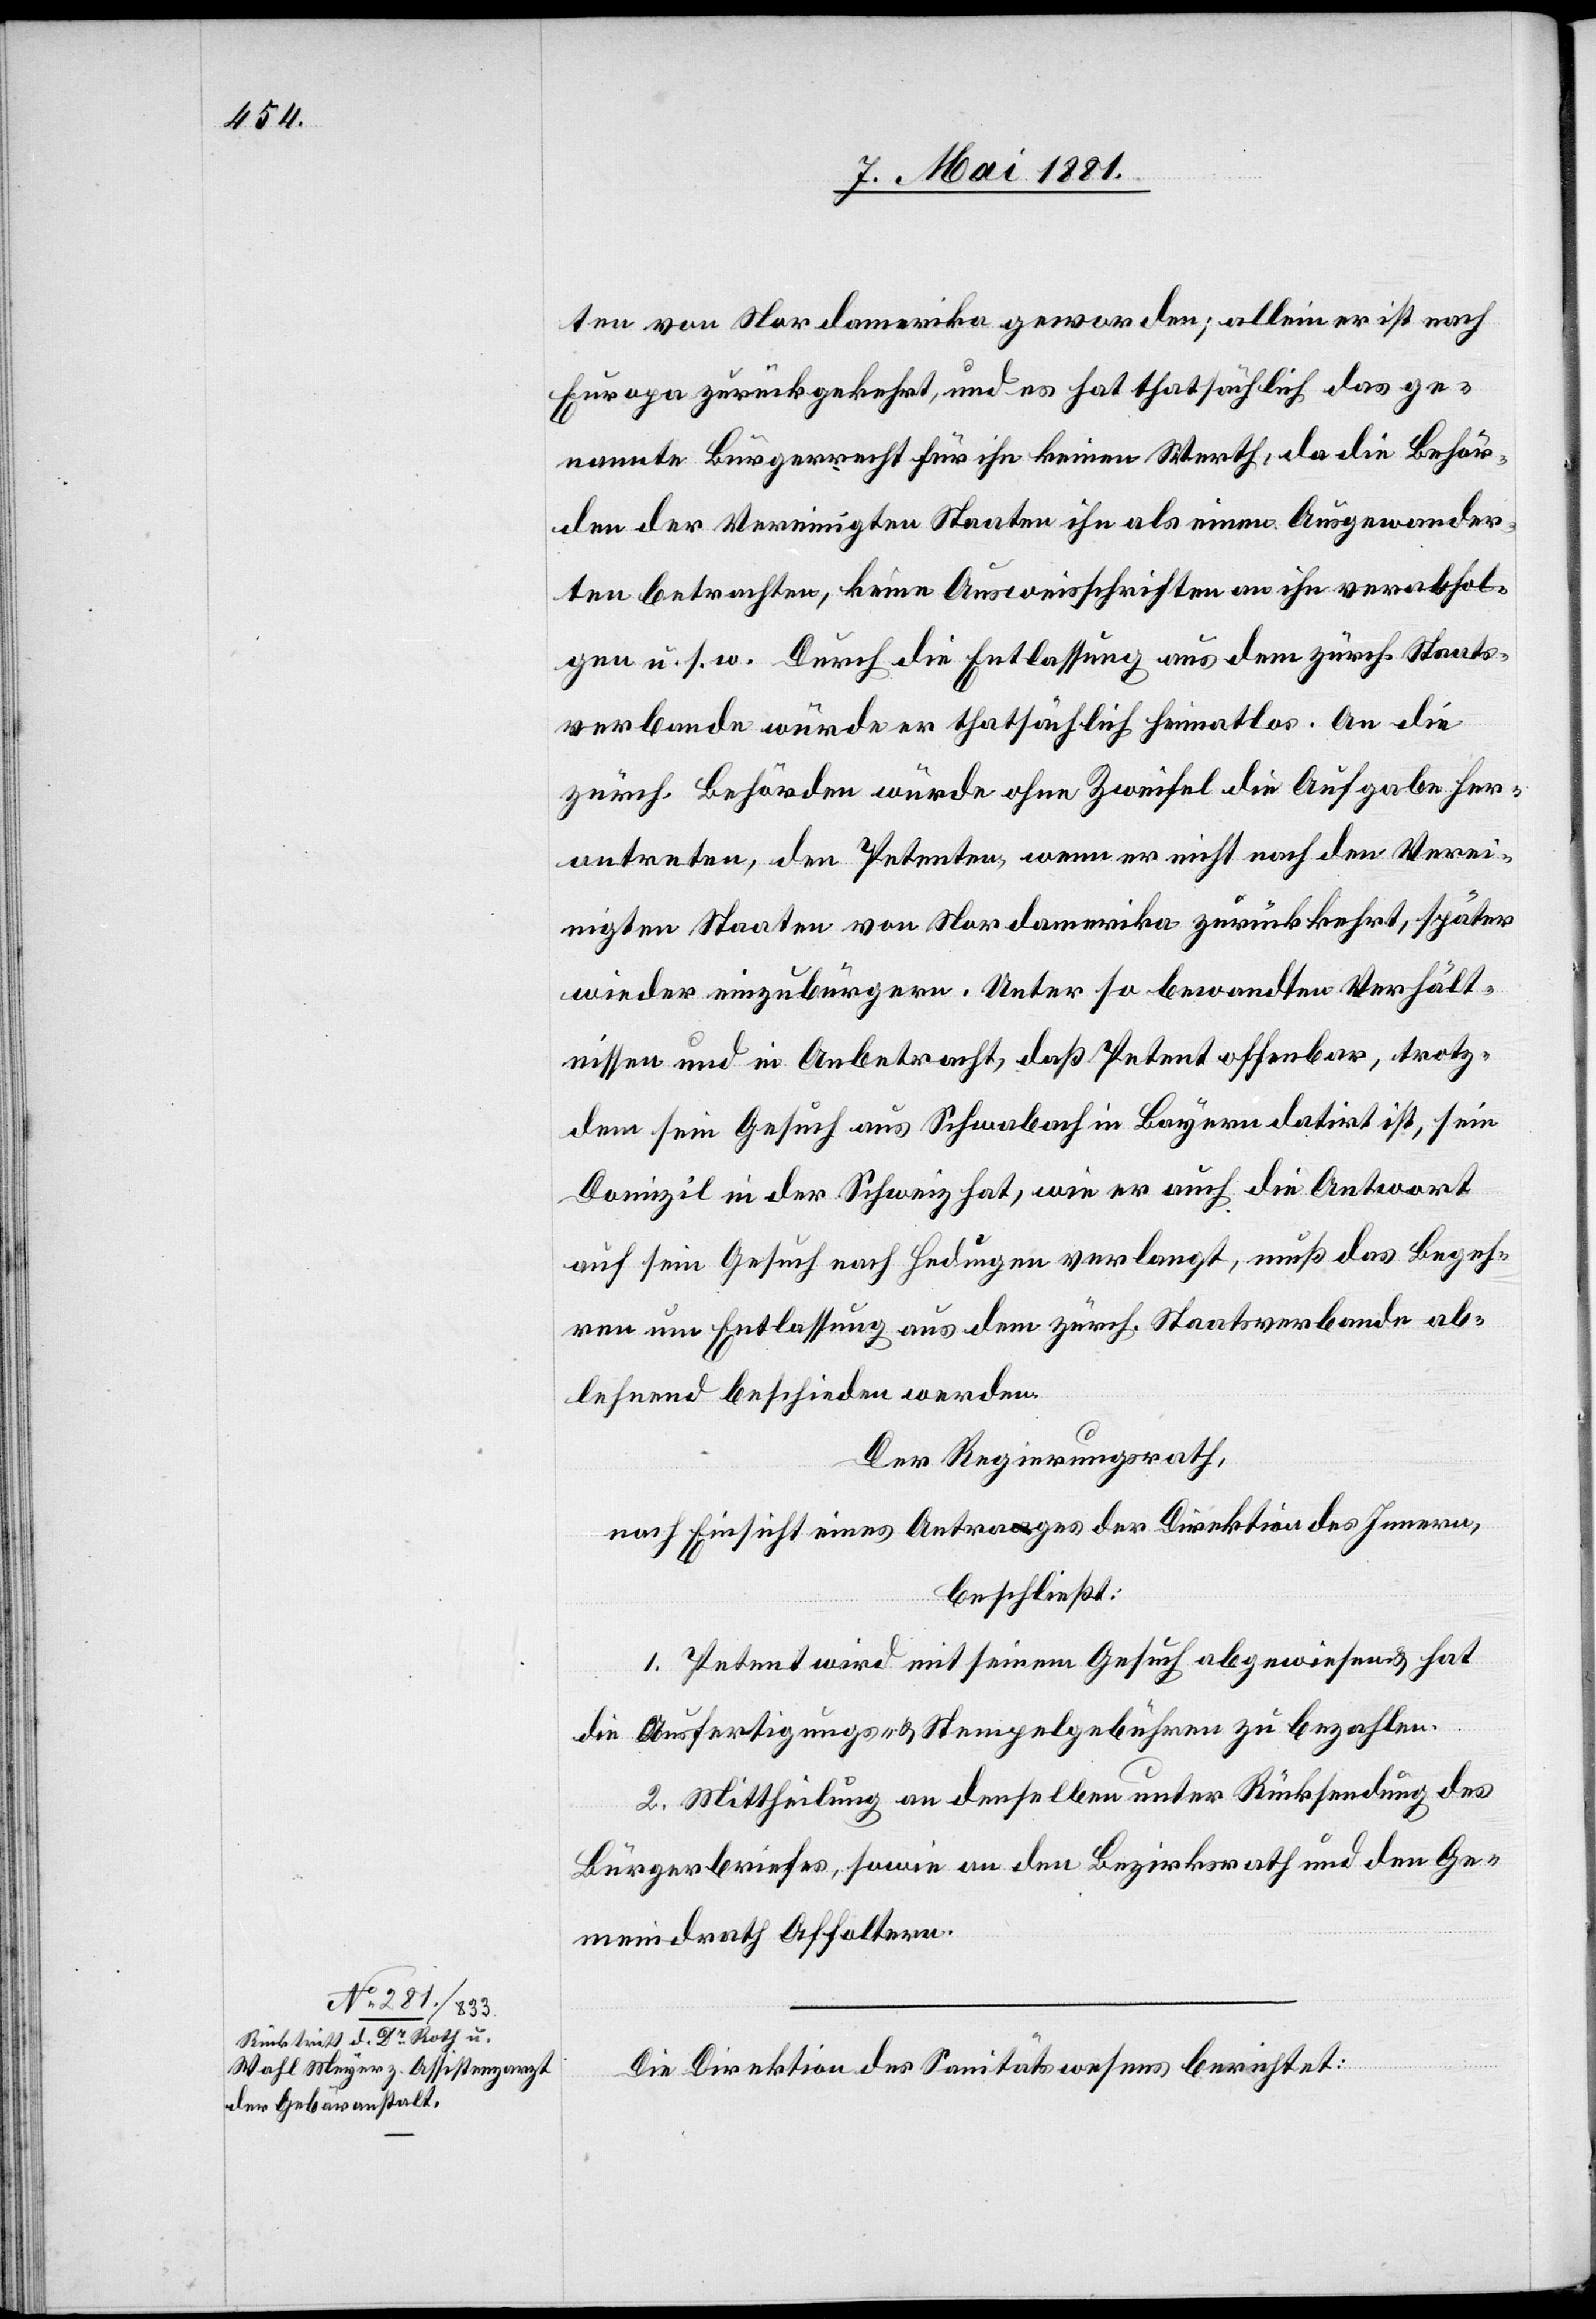
ten von Nordamerika geworden; allein er ist nach
Europa zurückgekehrt, und es hat thatsächlich das ge¬
nannte Bürgerrecht für ihn keinen Werth, da die Behör¬
den der Vereinigten Staaten ihn als einen Ausgewander¬
ten betrachten, keine Ausweisschriften an ihn verabfol¬
gen u. s. w. Durch die Entlassung aus dem zürch. Staats¬
verbunde würde er thatsächlich heimatlos. An die
zürch. Behörden würde ohne Zweifel die Aufgabe her¬
antreten, den Petenten, wenn er nicht nach dem Veri¬
nigten Staaten von Nordamerika zurückkehrt, später
wieder einzubürgern. Unter so bewandten Verhält¬
nissen und in Anbetracht, daß Petent offenbar, trotz¬
dem sein Gesuch aus Schwabach in Bayern datirt ist, sein
Domizil in der Schweiz hat, wie er auch die Antwort
auf sein Gesuch nach Hedingen verlangt, muß das Begeh¬
ren um Entlassung aus dem zürch. Staatsverbunde ab¬
lehnend beschieden werden.
Der Regierungsrath,
nach Einsicht eines Antrages der Direktion des Innern,
beschließt:
1. Petent wird mit seinem Gesuch abgewiesen & hat
die Ausfertigungs- & Stempelgebühren zu bezahlen.
2. Mittheilung an denselben unter Rücksendung des
Bürgerbriefes, sowie an den Bezirksrath und den Ge¬
meindrath Affoltern.
Die Direktion des Sanitätswesens berichtet: